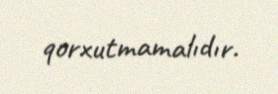
qorxutmamalıdır.